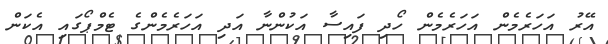
އޭރު އަހަރެމެން އަހަރެމެން ހޯދި ފައިސާ އަކުންނާ އަދި އަހަރެމެންގެ ޓެމްޕޯގައި އެކަން